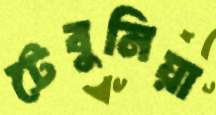
টেবুনিয়া